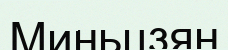
Миньцзян